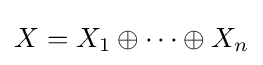
X=X_{1}\oplus \cdots \oplus X_{n}